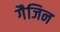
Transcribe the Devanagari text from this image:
गैजिन